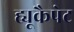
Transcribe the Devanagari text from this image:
ह्यूकैपेट